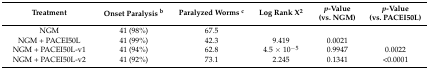
<table><thead><tr><td><b>Treatment</b></td><td><b>Onset Paralysis <sup>b</sup></b></td><td><b>Paralyzed Worms <sup>c</sup></b></td><td><b>Log Rank X<sup>2</sup></b></td><td><b><i>p</i>-Value (vs. NGM)</b></td><td><b><i>p</i>-Value (vs. PACEI50L)</b></td></tr></thead><tbody><tr><td>NGM</td><td>41 (98%)</td><td>67.5</td><td></td><td></td><td></td></tr><tr><td>NGM + PACEI50L</td><td>41 (99%)</td><td>42.3</td><td>9.419</td><td>0.0021</td><td></td></tr><tr><td>NGM + PACEI50L-v1</td><td>41 (94%)</td><td>62.8</td><td>4.5 × 10<sup>−5</sup></td><td>0.9947</td><td>0.0022</td></tr><tr><td>NGM + PACEI50L-v2</td><td>41 (92%)</td><td>73.1</td><td>2.245</td><td>0.1341</td><td>&lt;0.0001</td></tr></tbody></table>